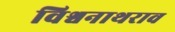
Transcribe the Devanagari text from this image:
विश्वनाथराव